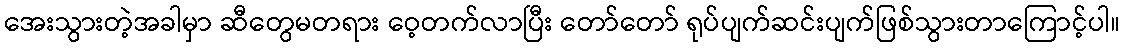
အေးသွားတဲ့အခါမှာ ဆီတွေမတရား ဝေ့တက်လာပြီး တော်တော် ရုပ်ပျက်ဆင်းပျက်ဖြစ်သွားတာကြောင့်ပါ။